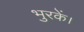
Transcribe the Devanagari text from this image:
भुरकें।